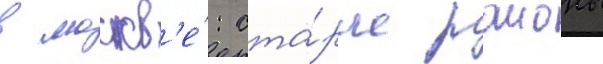
в москв'е́: ста́рые раионы